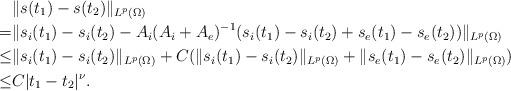
LaTeX: \begin{align*}\ &\|s(t_1)-s(t_2)\|_{L^p(\Omega)} \\=&\|s_i(t_1)-s_i(t_2)-A_i(A_i+A_e)^{-1}(s_i(t_1)-s_i(t_2)+s_e(t_1)-s_e(t_2))\|_{L^p(\Omega)}\\\le&\|s_i(t_1)-s_i(t_2)\|_{L^p(\Omega)}+C(\|s_i(t_1)-s_i(t_2)\|_{L^p(\Omega)}+\|s_e(t_1)-s_e(t_2)\|_{L^p(\Omega)}) \\\le&C|t_1-t_2|^\nu. \end{align*}